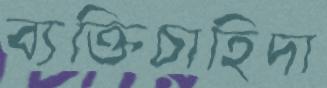
ব্যক্তিচাহিদা